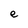
Character: e